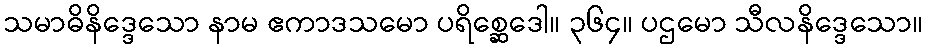
သမာဓိနိဒ္ဒေသော နာမ ဧကာဒသမော ပရိစ္ဆေဒေါ။ ၃၆၄။ ပဌမော သီလနိဒ္ဒေသော။